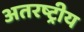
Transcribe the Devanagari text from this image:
अतरष्ट्रीय